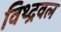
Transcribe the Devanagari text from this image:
विथ्द्रवल